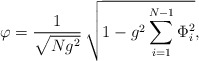
\begin{align*}\varphi={1\over \sqrt{Ng^{2}}}\,\sqrt{1-g^{2}\sum_{i=1}^{N-1}\Phi_{i}^{2}},\end{align*}